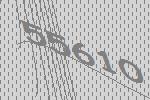
55610